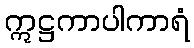
ဣဋ္ဌကာပါကာရံ